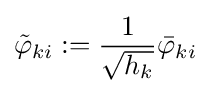
{\tilde {\varphi }}_{ki}:={\frac {1}{\sqrt {h_{k}}}}{\bar {\varphi }}_{ki}